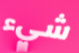
شيء